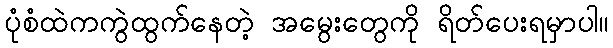
ပုံစံထဲကကွဲထွက်နေတဲ့ အမွေးတွေကို ရိတ်ပေးရမှာပါ။